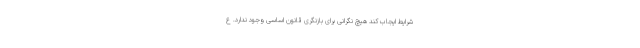
شرایط ایجاب کند هیچ نگرانی برای بازنگری قانون اساسی وجود ندارد. ع